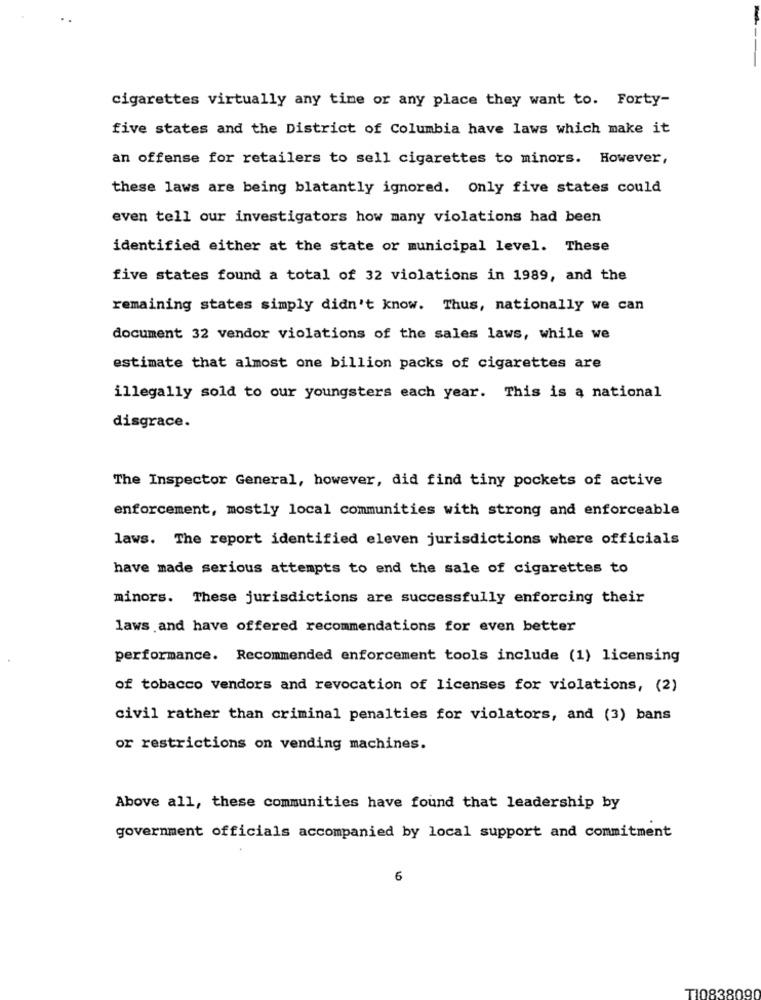
cigarettes virtually any time or any place they want to. Forty-
five states and the District of Columbia have laws which make it
an offense for retailers to sell cigarettes to minors. However,
these laws are being blatantly ignored. Only five states could
even tell our investigators how many violations had been
identified either at the state or municipal level. These
five states found a total of 32 violations in 1989, and the
remaining states simply didn't know. Thus, nationally we can
document 32 vendor violations of the sales laws, while we
estimate that almost one billion packs of cigarettes are
illegally sold to our youngsters each year. This is a national
disgrace.
The Inspector General, however, did find tiny pockets of active
enforcement, mostly local communities with strong and enforceable
laws. The report identified eleven jurisdictions where officials
have made serious attempts to end the sale of cigarettes to
minors. These jurisdictions are successfully enforcing their
laws and have offered recommendations for even better
performance. Recommended enforcement tools include (1) licensing
of tobacco vendors and revocation of licenses for violations, (2)
civil rather than criminal penalties for violators, and (3) bans
or restrictions on vending machines.
Above all, these communities have found that leadership by
government officials accompanied by local support and commitment
6
T1083809